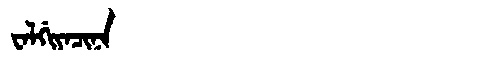
Manchu: ᠸᠠᠯᡤᡳᠶᠠᠴᡳᠨᠠ
Romanization: WALGIYACINA